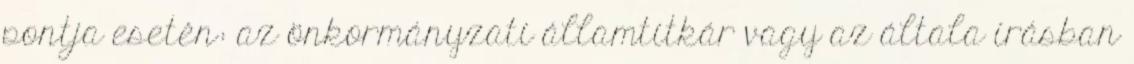
pontja esetén: az önkormányzati államtitkár vagy az általa írásban